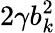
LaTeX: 2\gamma b_{k}^{2}